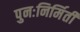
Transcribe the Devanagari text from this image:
पुनःनिर्मिती